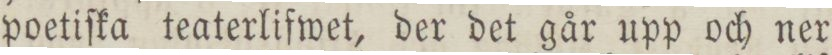
poetiſka teaterlifwet, der det går upp och ner